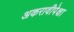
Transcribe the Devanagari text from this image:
अकरावीपेक्षा